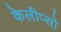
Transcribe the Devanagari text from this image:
केलीप्सो